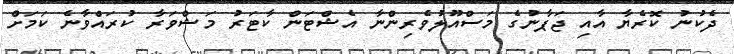
ދެކުނު ކޮރެޔާ އާއި ޖަޕާނުގެ މަސްއޫލުވެރިންނާ އެޝްޓަން ކާޓަރު މަޝްވަރާ ކުރައްވާނެ ކަމަށް